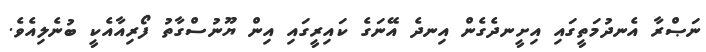
ނަޞްރާ އެނދުމަތީގައި އިށީނދެގެން އިނދެ އޭނަގެ ކައިރީގައި އިން ޔޫނުސްގާތު ފޯރިއާއެކީ ބުނެލިއެވެ.